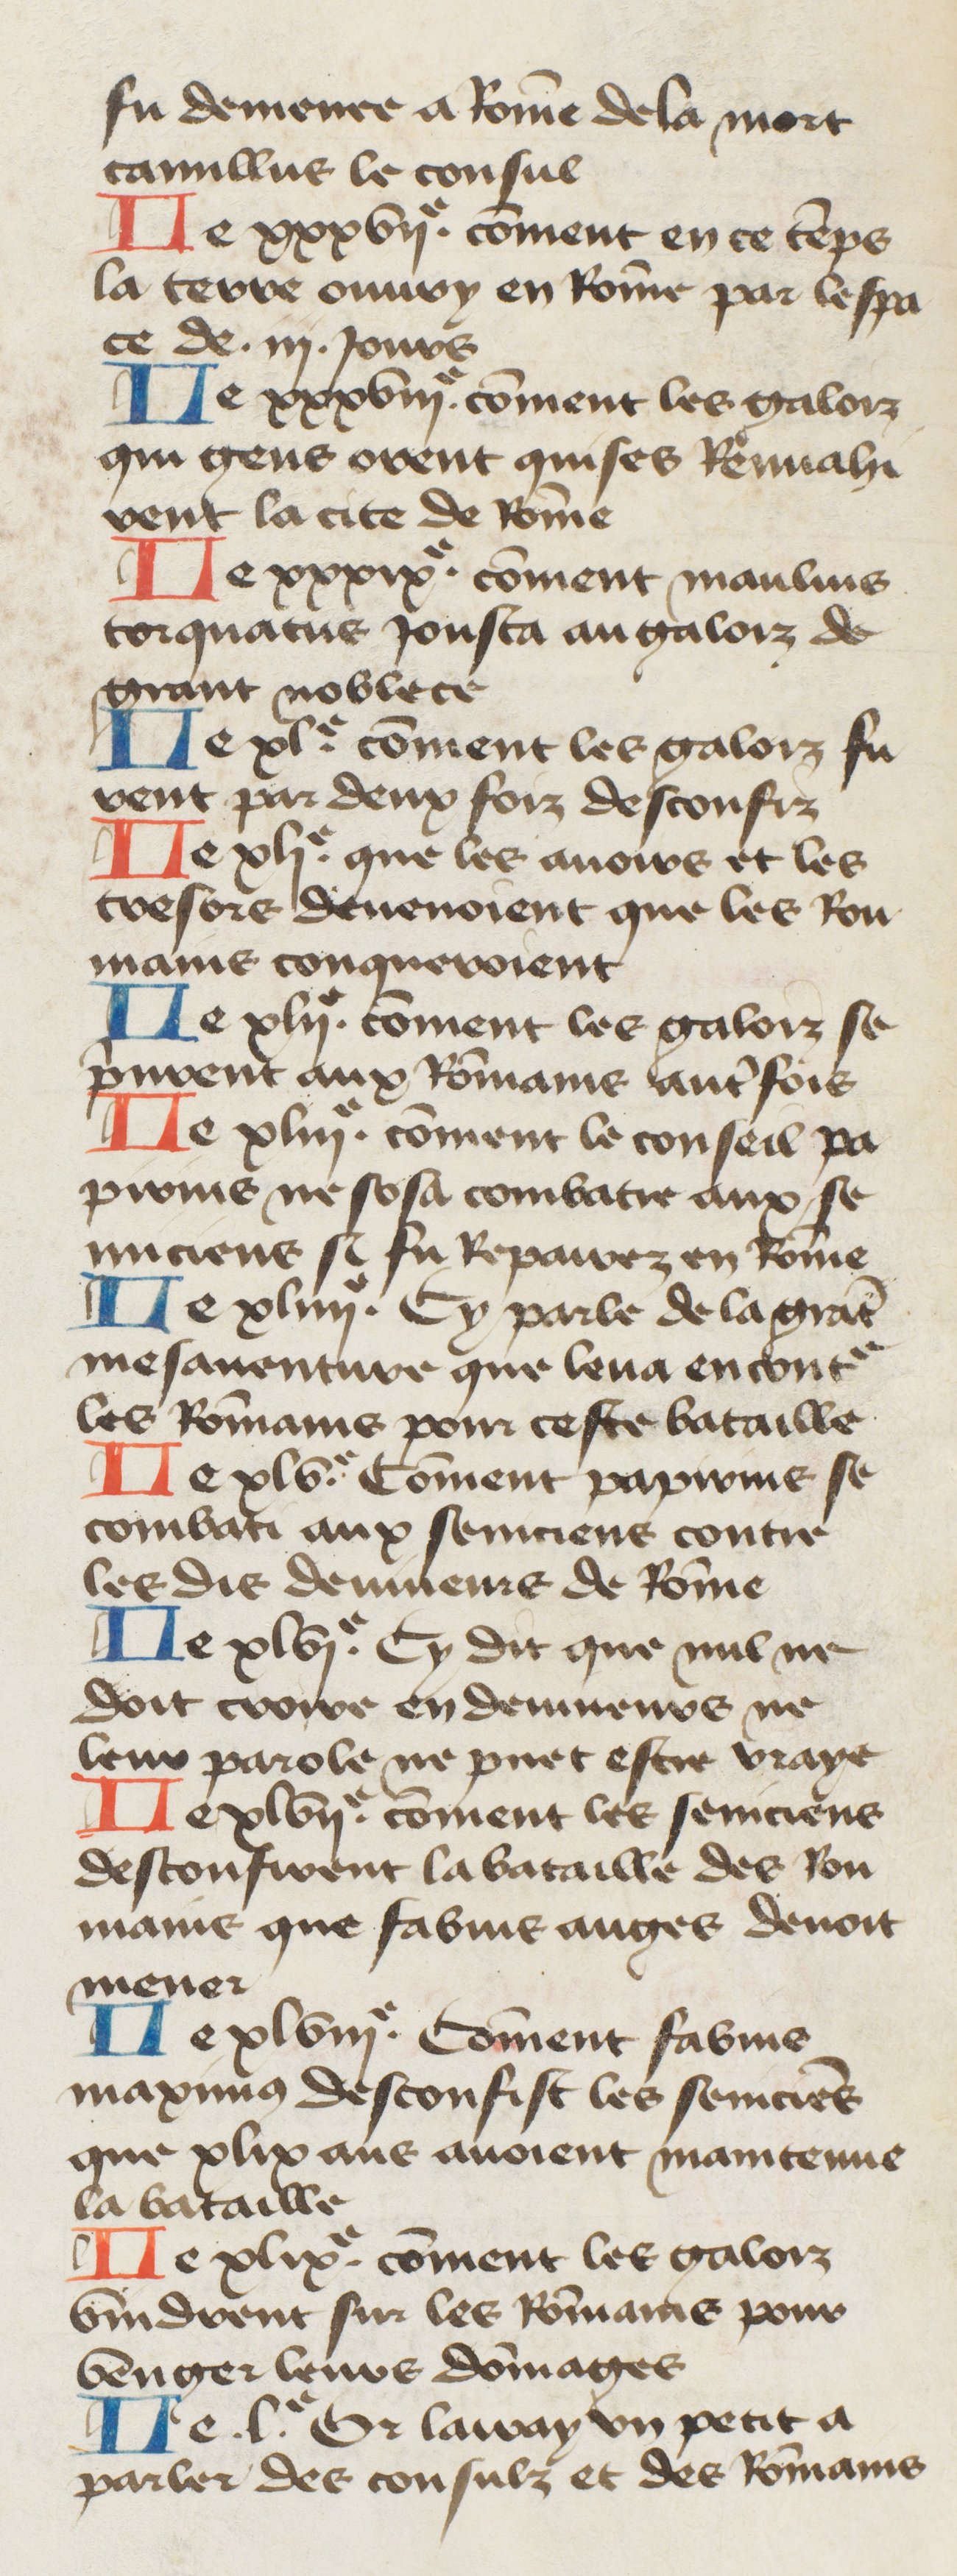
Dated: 1400–1449